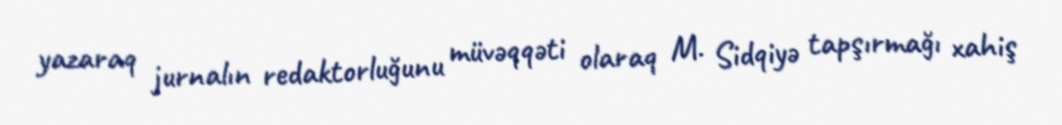
yazaraq jurnalın redaktorluğunu müvəqqəti olaraq M. Sidqiyə tapşırmağı xahiş